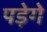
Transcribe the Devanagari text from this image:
पड़ेगे